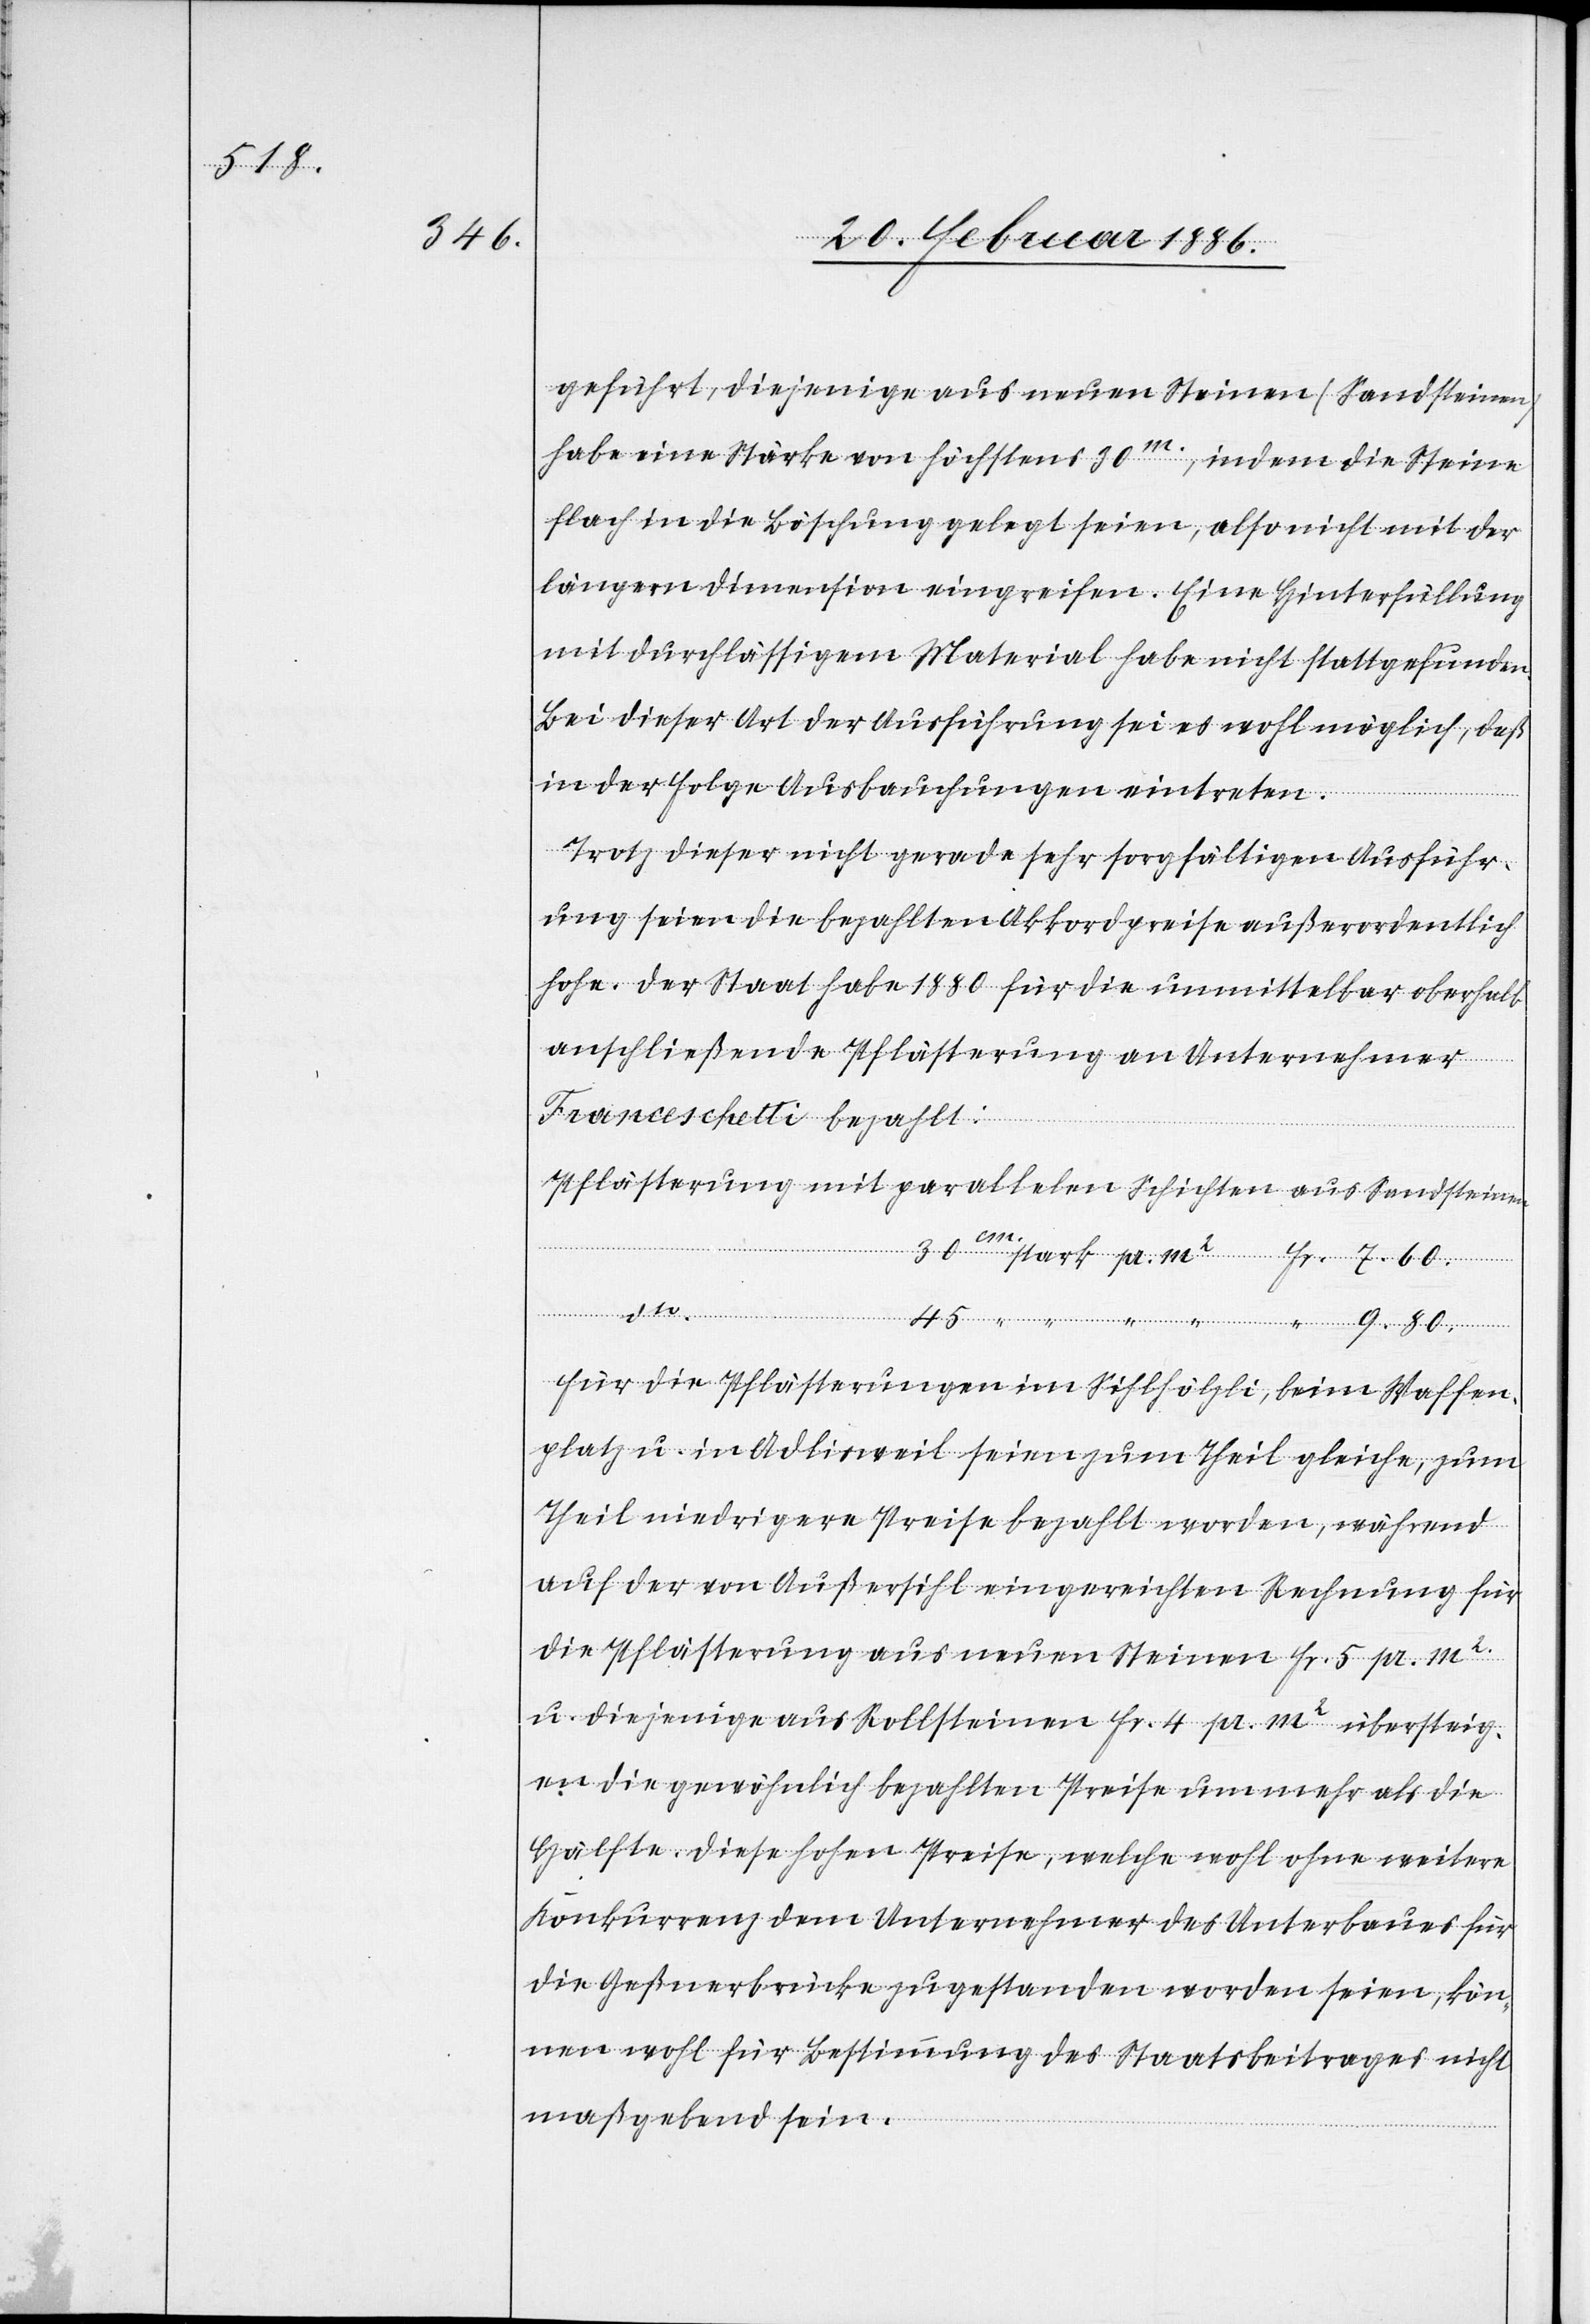
geführt, diejenige aus neuen Steinen (Sandsteine)
habe eine Stärke von höchstens 30m., indem die Steine
flach in die Böschung gelegt seien, also nicht mit der
längern Dimension eingreifen. Eine Hinterfüllung
mit durchlässigen Material habe nicht stattgefunden.
Bei dieser Art der Ausführung sei es wohl möglich, daß
in der Folge Ausbauchungen eintreten.
Trotz dieser nicht gerade sehr sorgfältigen Ausführ¬
ungen seien die bezahlten Akkordpreise außerordentlich
hohe. Der Staat habe 1880 für die unmittelbar oberhalb
anschließenden Pflästerung an Unternehmer
Pflästerung mit parallelen Schichten aus Sandsteine¬
n
9.
80.
“
Für die Pflästerungen im Sihlhölzli, beim Waffen¬
platz u. in Adlisweil seien zum Theil gleiche, zum
Theil niedrigere Preise bezahlt worden, während
auf der von Außersihl eingereichten Rechnung für
die Pflästerung aus neuen Steinen Fr. 5 pr. m2
u. diejenige aus Rollsteinen Fr. 4 pr. m2 übersteig¬
en die gewöhnlich bezahlten Preise um mehr als die
Hälfte diese hohen Preise, welche wohl ohne weiter
Konkurrenz dem Unternehmer des Unterbaues für
die Geßnerbrücke zugestanden worden seien, kön¬
nen wohl für Bestimmung des Staatsbeitrages nicht
maßgebend sein.